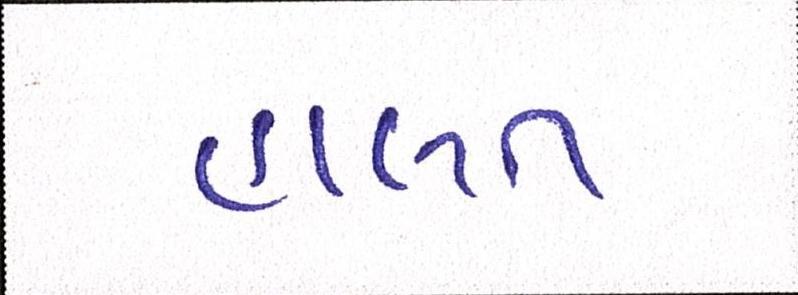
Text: હાલત